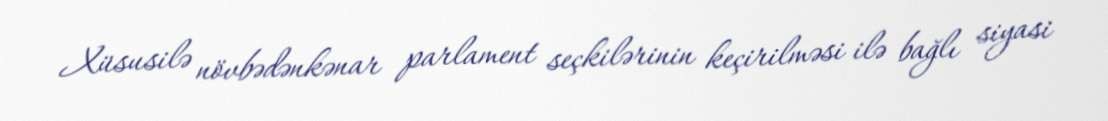
Xüsusilə növbədənkənar parlament seçkilərinin keçirilməsi ilə bağlı siyasi